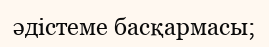
әдістеме басқармасы;